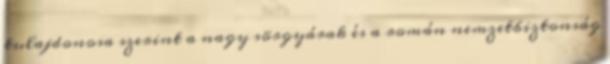
tulajdonosa szerint a nagy sörgyárak és a román nemzetbiztonság